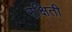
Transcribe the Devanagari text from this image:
रक्षिती